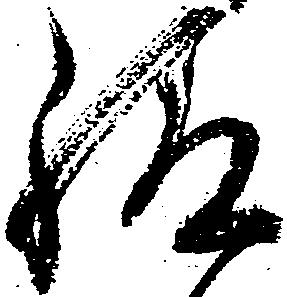
給